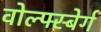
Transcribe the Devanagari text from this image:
वोल्फ्स्बेर्ग